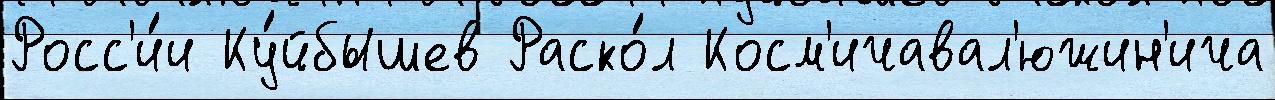
Росс'и́и Ку́йбышев Раско́л Косм'ичавал'южин'ича